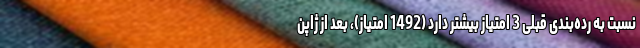
نسبت به رده‌بندی قبلی 3 امتیاز بیشتر دارد (1492 امتیاز)، بعد از ژاپن